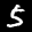
Label: 5